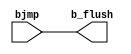

module bhazard (
    input     bjmp      ,

    output    b_flush     //flush if_id and id_exe 

);

 assign  b_flush  =  bjmp;
    
endmodule